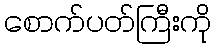
စောက်ပတ်ကြီးကို